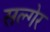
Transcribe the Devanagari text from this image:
सल्गेर